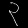
Digit: ၃